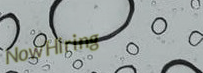
NowHiring